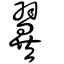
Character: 翼